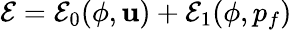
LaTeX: \mathcal E=\mathcal E_{0}(\phi,{\mathbf u})+\mathcal E_{1}(\phi,p_{f})